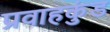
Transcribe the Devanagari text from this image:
प्रवाहकुंड